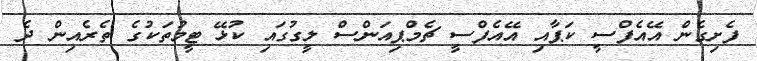
ފެށިގެން އޭއެފްސީ ކަޕާއި އޭއެފްސީ ޗެމްޕިއަންސް ލީގުގައި ކުޅޭ ޓީމުތަކުގެ ތެރެއިން ދެ